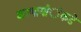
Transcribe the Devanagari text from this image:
करणार्यांेकडेे